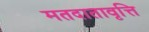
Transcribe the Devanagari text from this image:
मतदातावृत्ति